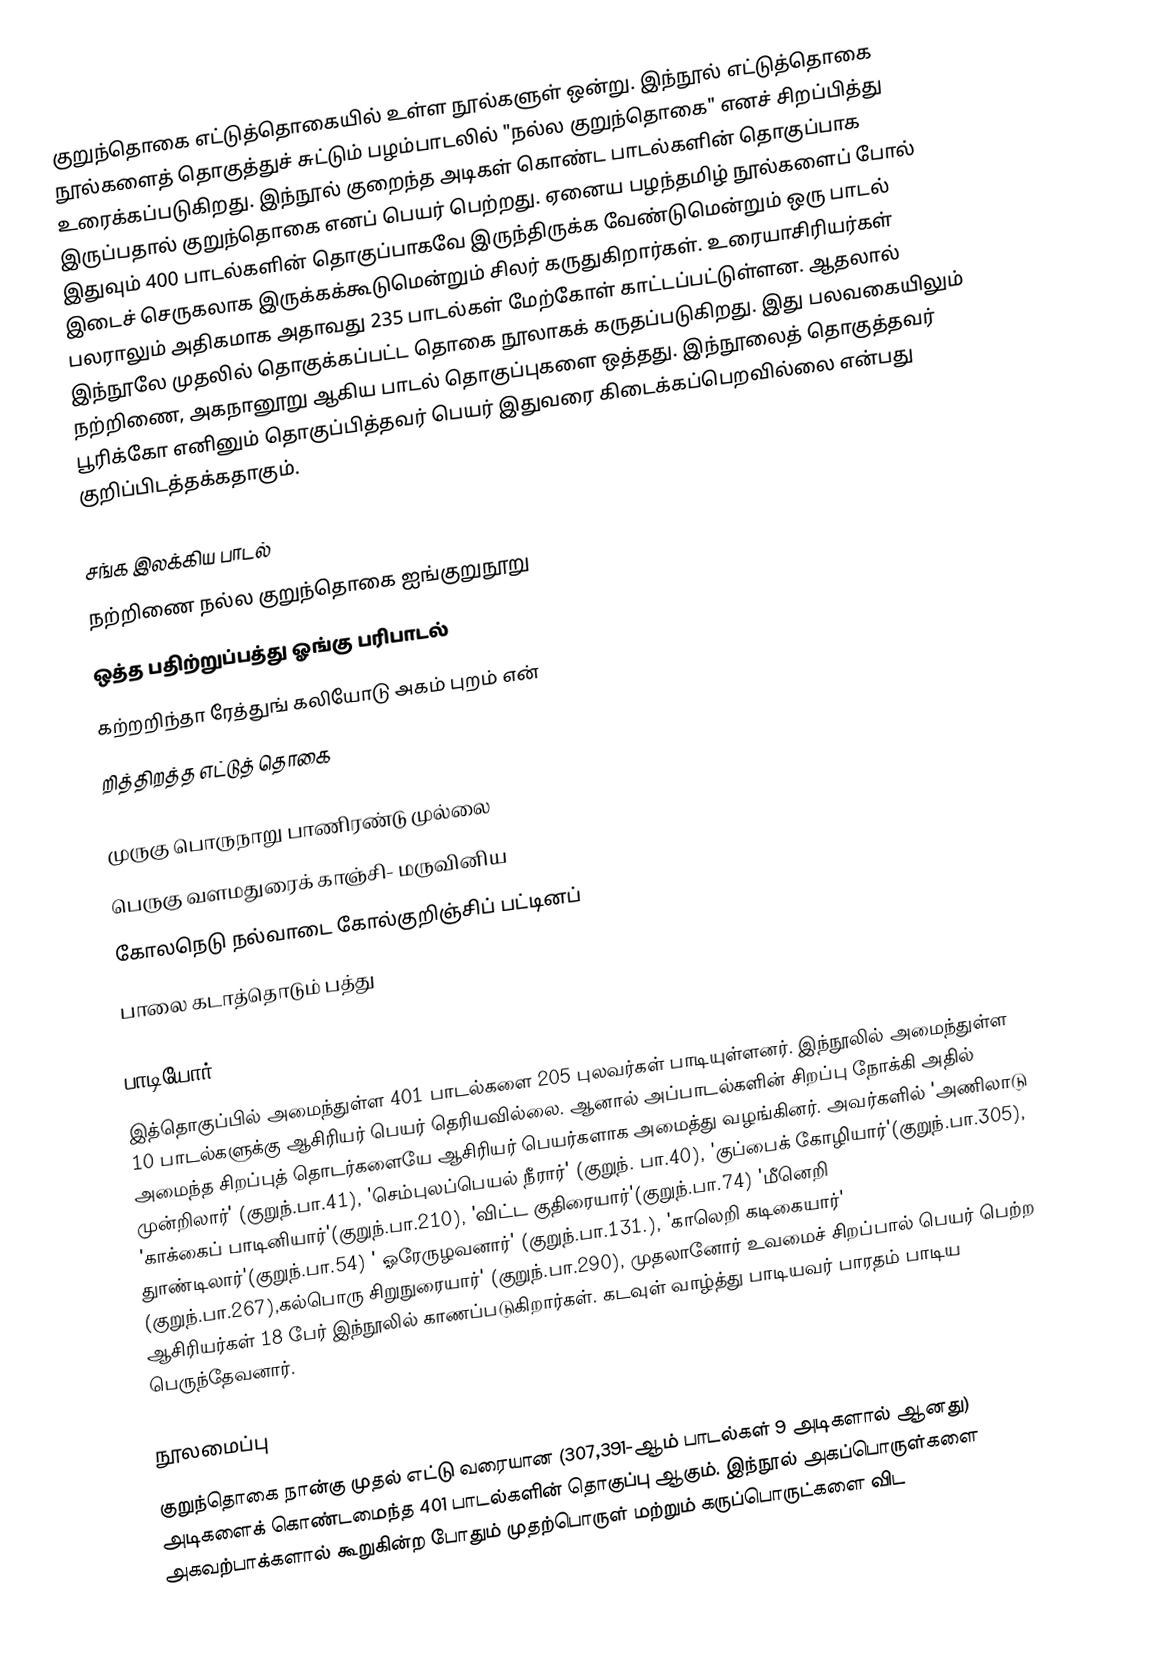
குறுந்தொகை எட்டுத்தொகையில் உள்ள நூல்களுள் ஒன்று. இந்நூல் எட்டுத்தொகை நூல்களைத் தொகுத்துச் சுட்டும் பழம்பாடலில்  "நல்ல குறுந்தொகை" எனச் சிறப்பித்து உரைக்கப்படுகிறது. இந்நூல் குறைந்த அடிகள் கொண்ட பாடல்களின் தொகுப்பாக இருப்பதால்  குறுந்தொகை எனப் பெயர் பெற்றது. ஏனைய பழந்தமிழ் நூல்களைப் போல் இதுவும் 400 பாடல்களின் தொகுப்பாகவே இருந்திருக்க வேண்டுமென்றும் ஒரு பாடல் இடைச் செருகலாக இருக்கக்கூடுமென்றும் சிலர் கருதுகிறார்கள். உரையாசிரியர்கள் பலராலும் அதிகமாக அதாவது 235 பாடல்கள் மேற்கோள் காட்டப்பட்டுள்ளன. ஆதலால் இந்நூலே முதலில் தொகுக்கப்பட்ட தொகை நூலாகக் கருதப்படுகிறது. இது பலவகையிலும் நற்றிணை, அகநானூறு ஆகிய பாடல் தொகுப்புகளை ஒத்தது. இந்நூலைத் தொகுத்தவர் பூரிக்கோ எனினும் தொகுப்பித்தவர் பெயர் இதுவரை கிடைக்கப்பெறவில்லை என்பது குறிப்பிடத்தக்கதாகும்.

சங்க இலக்கிய பாடல்
நற்றிணை நல்ல குறுந்தொகை ஐங்குறுநூறு
ஒத்த பதிற்றுப்பத்து ஓங்கு பரிபாடல்
கற்றறிந்தா ரேத்துங் கலியோடு அகம் புறம் என்
றித்திறத்த எட்டுத் தொகை

முருகு பொருநாறு பாணிரண்டு முல்லை
பெருகு வளமதுரைக் காஞ்சி- மருவினிய
கோலநெடு நல்வாடை கோல்குறிஞ்சிப் பட்டினப்
பாலை கடாத்தொடும் பத்து

பாடியோர்
இத்தொகுப்பில் அமைந்துள்ள 401 பாடல்களை 205 புலவர்கள் பாடியுள்ளனர். இந்நூலில் அமைந்துள்ள 10 பாடல்களுக்கு ஆசிரியர் பெயர் தெரியவில்லை. ஆனால் அப்பாடல்களின் சிறப்பு நோக்கி அதில் அமைந்த சிறப்புத் தொடர்களையே ஆசிரியர் பெயர்களாக அமைத்து வழங்கினர். அவர்களில் 'அணிலாடு முன்றிலார்' (குறுந்.பா.41), 'செம்புலப்பெயல் நீரார்' (குறுந். பா.40), 'குப்பைக் கோழியார்'(குறுந்.பா.305), 'காக்கைப் பாடினியார்'(குறுந்.பா.210), 'விட்ட குதிரையார்'(குறுந்.பா.74) 'மீனெறி துாண்டிலார்'(குறுந்.பா.54) ' ஓரேருழவனார்' (குறுந்.பா.131.), 'காலெறி கடிகையார்' (குறுந்.பா.267),கல்பொரு சிறுநுரையார்' (குறுந்.பா.290), முதலானோர் உவமைச் சிறப்பால் பெயர் பெற்ற ஆசிரியர்கள் 18 பேர் இந்நூலில் காணப்படுகிறார்கள். கடவுள் வாழ்த்து பாடியவர் பாரதம் பாடிய பெருந்தேவனார்.

நூலமைப்பு
குறுந்தொகை நான்கு முதல் எட்டு வரையான (307,391-ஆம் பாடல்கள் 9 அடிகளால் ஆனது) அடிகளைக் கொண்டமைந்த 401 பாடல்களின் தொகுப்பு ஆகும். இந்நூல்  அகப்பொருள்களை அகவற்பாக்களால் கூறுகின்ற போதும்  முதற்பொருள் மற்றும் கருப்பொருட்களை விட